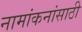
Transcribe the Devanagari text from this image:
नामांकनांसाठी